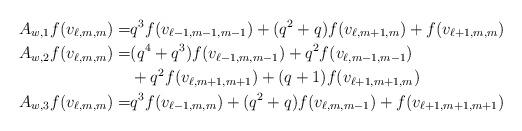
LaTeX: \begin{align*}A_{w,1}f(v_{\ell,m,m})=&q^3f(v_{\ell-1,m-1,m-1})+(q^2+q)f(v_{\ell,m+1,m})+f(v_{\ell+1,m,m})\\A_{w,2}f(v_{\ell,m,m})=&(q^4+q^3)f(v_{\ell-1,m,m-1})+q^2f(v_{\ell,m-1,m-1})\\&+q^2f(v_{\ell,m+1,m+1})+(q+1)f(v_{\ell+1,m+1,m})\\A_{w,3}f(v_{\ell,m,m})=&q^3f(v_{\ell-1,m,m})+(q^2+q)f(v_{\ell,m,m-1})+f(v_{\ell+1,m+1,m+1})\end{align*}